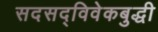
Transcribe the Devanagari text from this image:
सदसद्‌विवेकबुद्धी